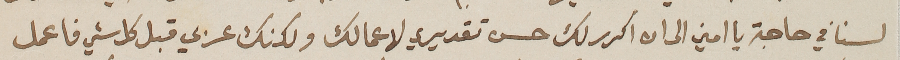
لسنا في حاجة يا امين ان اكرر لك حسن تقديري لاعمالك ولكنك عربي قبل كل شي فاعمل